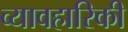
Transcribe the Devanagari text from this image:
व्यावहारिकी